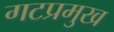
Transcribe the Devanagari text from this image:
गटप्रमुख